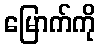
မြောက်ကို